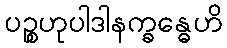
ပဉ္စဟုပါဒါနက္ခန္ဓေဟိ